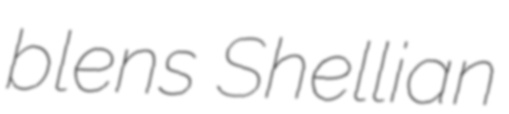
blens Shellian